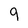
Character: 9